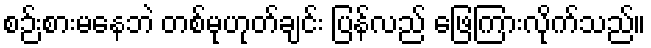
စဉ်းစားမနေဘဲ တစ်မုဟုတ်ချင်း ပြန်လည် ဖြေကြားလိုက်သည်။